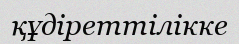
құдіреттілікке